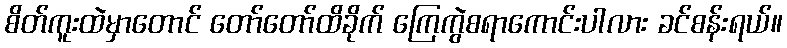
စိတ်ကူးထဲမှာတောင် တော်တော်ထိခိုက် ကြေကွဲစရာကောင်းပါလား ခင်စန်းရယ်။